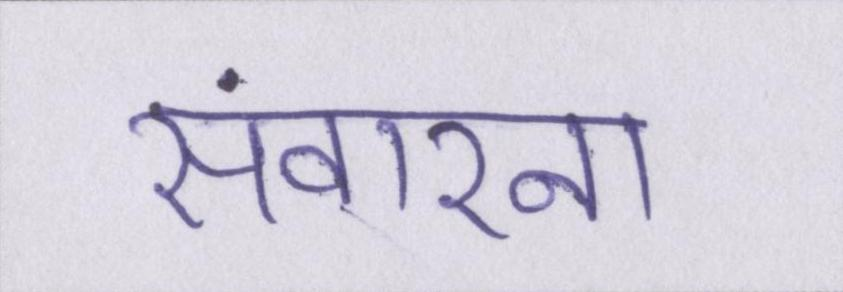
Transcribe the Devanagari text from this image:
संवारना